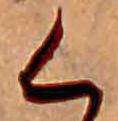
く